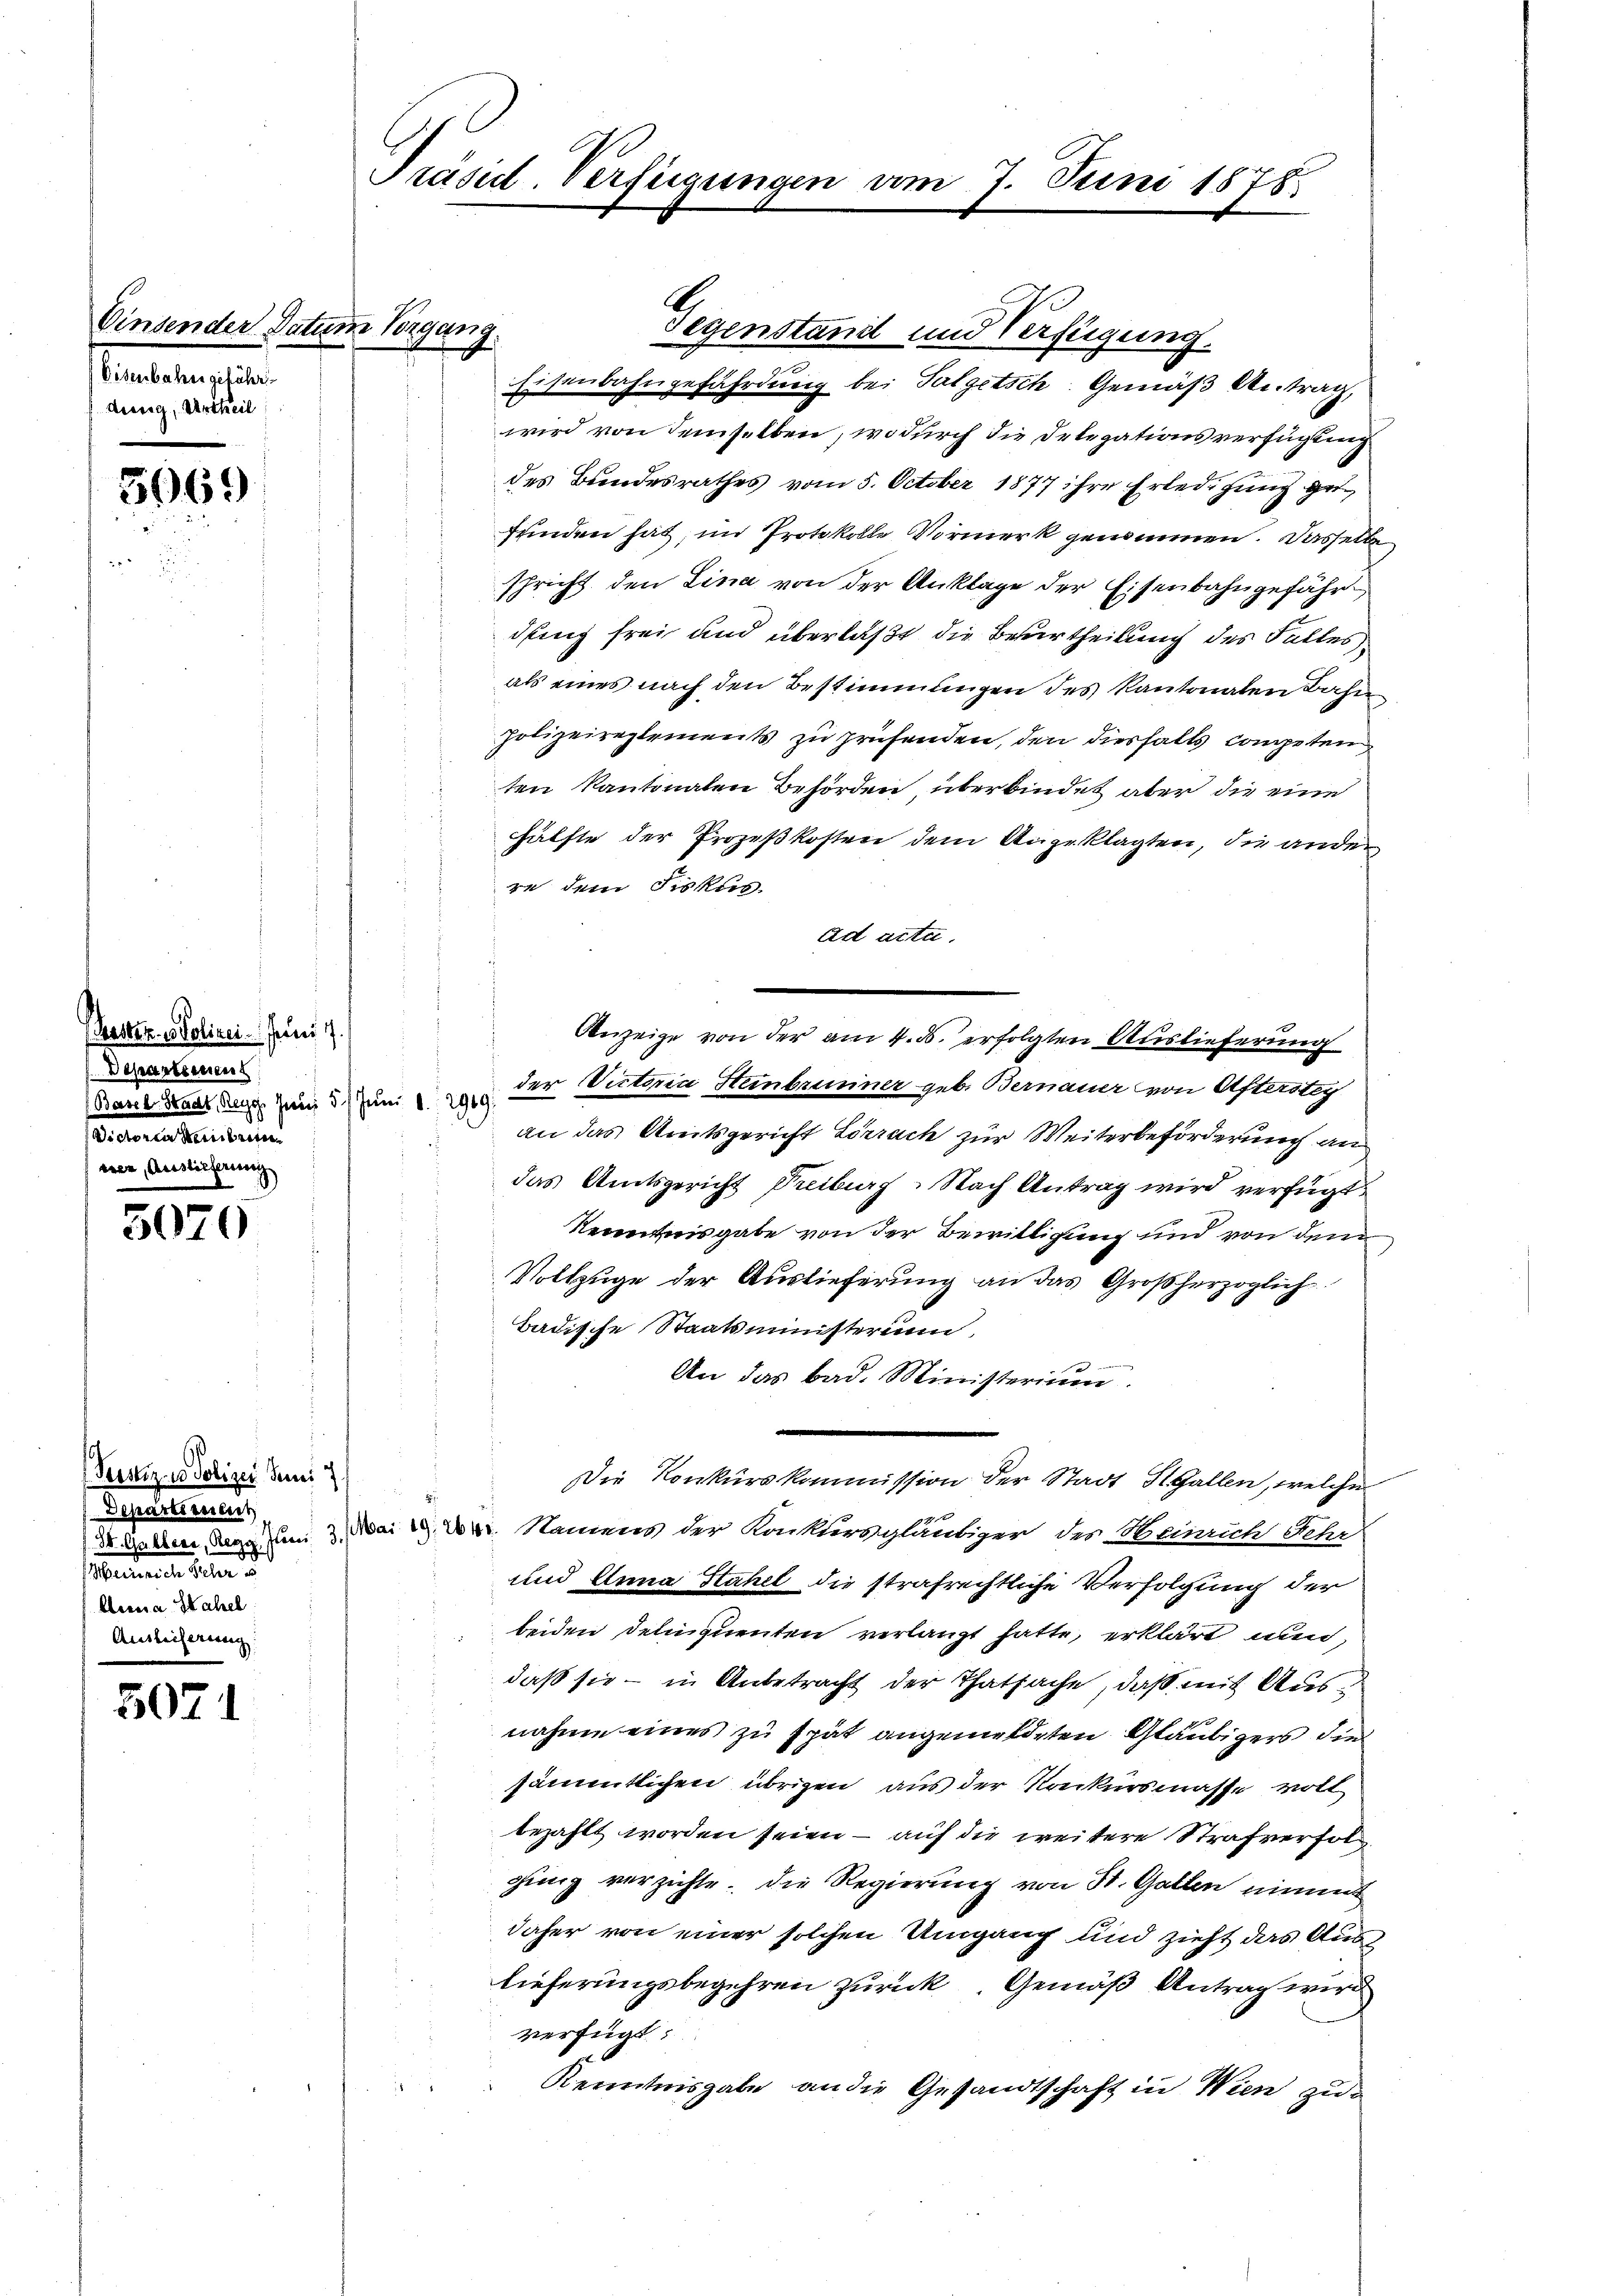
Einsender Datum Vorgang.
Eisenbahn gefährdung, Urtheil

5969

3070

Peesiz in Polizei Juni 7
Departement
amner einer d
Alena Hahel
Auslicherung:

5071

aster u. Polizei. Juni 1
Departement
Basel Stadt, Reges Jerus 5 / Juni d. 2949
ee eine
stieferinn

Präsid. Verfügungen vom 7. Juni 1878

Gegenstand und Verfügung.
Eisenbahngefährdung bei Talgetsch. Gemäß Antrag,
wird von demselben, wodurch die Delegationsverfügung
des Bundesrathes vom 5. October 1877 ihre Erledigung gefunden hat; im Protokolle Vormerk genommen. Dasselben
schricht den Lina von der Anklage der Eisenbahngefähr
dling frei und überlaßt die Beurtheilung des Falles
als eines nach den Bestimmungen des Kantonalen Bahn
polizeireglements zu prüfenden, den diesfalls competen
ten Kantonalen Behörden überbindet aber die eine
hälfte der Prozeßkosten dem Angeklagten, die ander
re dem Fiskus.
Ad atte.
Anzeige von der am 4. ds. erfolgten Auslieferung
der Victoria Heinbrunner geb. Bernauer von Afterstei
an das Areitsgericht Lörrach zur Weiterbeförderung an
das Amtsgericht Freiburg-Nach Antrag wird verfügt
Rerentnisgabe von der Bewilligung und von dem
Vollzüge der Auslieferung an das Großherzoglich
Badische Staatsministerium,
An das Bad. Ministerium.
Die Konkurskommission der Stadt St. Gallen, welche
Dr. Gallen Regg um 3. Mai d. 24. Namens der Konkursgläubiger der Meinrich Fehr
und Anna Stahel die strafrechtliche Verfolgung der
beiden Deliquenten verlangt hatte, erklärt und
daß sie – in Anbetracht der Thatsache, daß mit Ausnahme eines zu spät angemeldeten Gläubigers dies
sämmtlichen übrigen aus der Kreikursmasse voll
bezahlt worden seien — auf die weitere Strafverfolging verzichte. Die Regierung von St. Gallen nimmt
daher von einer solchen Umgang und zieht das Auslieferungsbegehren zurück. Gemäß Antrag wird
verfügt:
Kenntnisgabe an die Gesandtschaft in Wien zu